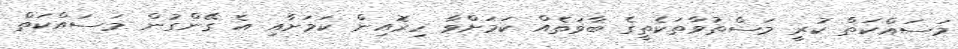
މަސައްކަތް ކުރީ މަސްތުވާތަކެތީގެ ބާވަތެއް ކަމަށްވާ ހިރޮއިން ކަމަށާއި އެ ގޭންގުން މަސައްކަތް